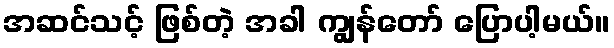
အဆင်သင့် ဖြစ်တဲ့ အခါ ကျွန်တော် ပြောပါ့မယ်။